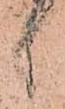
候